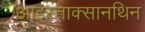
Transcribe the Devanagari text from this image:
आइस्ताक्सानथिन